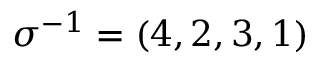
\sigma ^ { - 1 } = ( 4 , 2 , 3 , 1 )